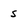
Character: s